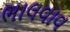
ભાલવાવ